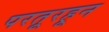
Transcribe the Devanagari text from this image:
परतूरहून